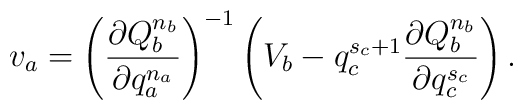
v_a=\left(\frac{\partial Q_b^{n_b}}{\partial q_a^{n_a}} \right)^{-1}\left(V_b -q_c^{s_c+1}\frac{\partial Q_b^{n_b}}{\partial q_c^{s_c}} \right).